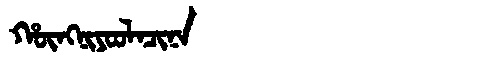
Manchu: ᡥᡡᠩᠨᡳᠶᠣᠣᠯᠠᠴᡳᠨᠠ
Romanization: HŪNGNIYOOLACINA